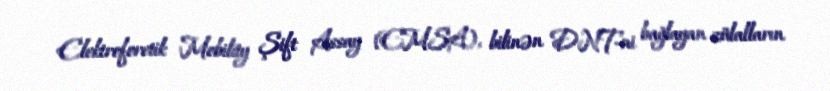
Elektroforetik Mobility Şift Assay (EMSA), bilinən DNT-ni bağlayan zülalların